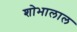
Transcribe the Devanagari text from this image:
शोभालाल